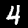
Label: 4